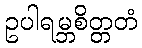
ဥပါရမ္ဘစိတ္တတံ